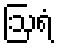
ဩရံ